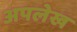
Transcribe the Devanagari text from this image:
अपलेख